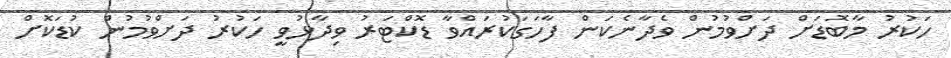
ހަކުރު މާބޮޑަށް ދަށްވުމުން ވެދާނެކަން ފާހަގަކުރައްވާ ޑޮކްޓަރު ވިދާޅުވީ ހަކުރު ދަށްވުމުން ކުޑަކޮށް